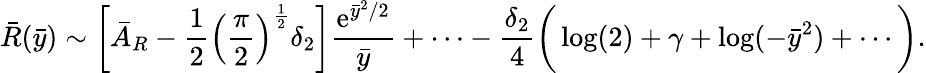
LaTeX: \bar{R}(\bar{y})\sim\bigg[\bar{A}_{{R}}-\frac{1}{2}\Big(\frac{\pi}{2}\Big)^{\frac{1}{2}}\delta_{2}\bigg]\frac{\mathrm{e}^{\bar{y}^{2}/2}}{\bar{y}}+\cdots-\frac{\delta_{2}}{4}\bigg(\log(2)+\gamma+\log(-\bar{y}^{2})+\cdots\bigg).